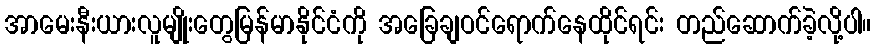
အာမေးနီးယားလူမျိုးတွေမြန်မာနိုင်ငံကို အခြေချဝင်ရောက်နေထိုင်ရင်း တည်ဆောက်ခဲ့လို့ပါ။